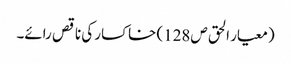
(معیار الحق ص128) خاکسار کی ناقص رائے۔